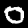
Label: 0